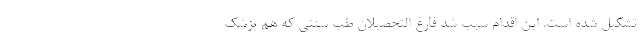
تشکیل شده است. این اقدام سبب شد فارغ التحصیلان طب سنتی که هم پزشک